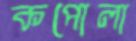
কপোলা